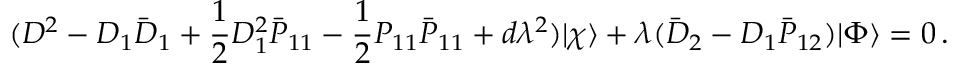
( { \cal D } ^ { 2 } - D _ { 1 } \bar { D } _ { 1 } + \frac { 1 } { 2 } D _ { 1 } ^ { 2 } \bar { P } _ { 1 1 } - \frac { 1 } { 2 } P _ { 1 1 } \bar { P } _ { 1 1 } + d \lambda ^ { 2 } ) | \chi \rangle + \lambda ( \bar { D } _ { 2 } - D _ { 1 } \bar { P } _ { 1 2 } ) | \Phi \rangle = 0 \, .